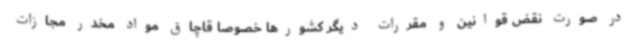
در صورت نقض قوانین و مقررات دیگر کشورها خصوصا قاچاق مواد مخدر مجازات